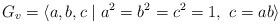
LaTeX: \begin{align*}G_v=\langle{a,b,c}\mid{a^2=b^2=c^2=1,~c=ab}\rangle\end{align*}